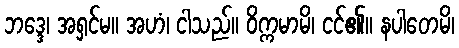
ဘဒ္ဒေ၊ အရှင်မ။ အဟံ၊ ငါသည်။ ဝိက္ကမာမိ၊ ငင်၏။ နပါတေမိ၊